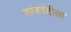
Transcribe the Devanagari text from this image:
लाजवंतीला